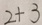
2 + 3